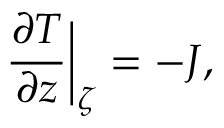
\frac { \partial T } { \partial z } \bigg \vert _ { \zeta } = - J ,